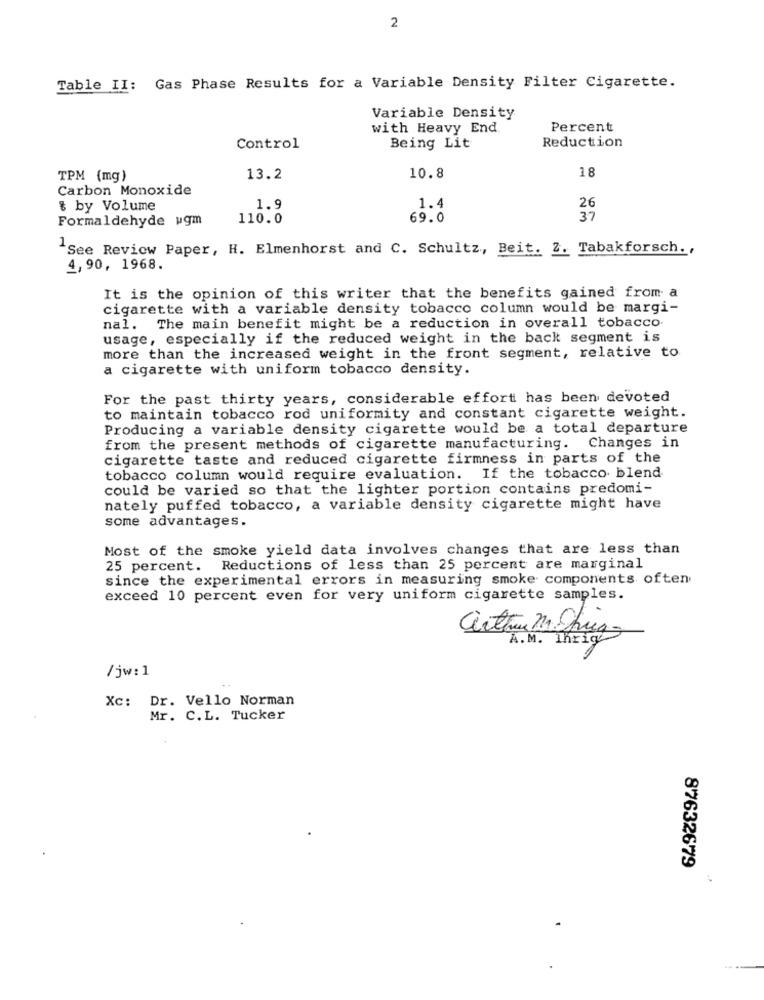
2
Table II: Gas Phase Results for a Variable Density Filter Cigarette.
Variable Density
with Heavy End.
Percent
Reduction
Control
Being Lit
18
TPM (mg)
13.2
10.8
Carbon Monoxide
& by Volume
1.9
1.4
26
Formaldehyde ugm
110.0
69.0
37
"See Review Paper, H. Elmenhorst and C. Schultz, Beit. 2. Tabakforsch .,
4,90, 1968.
It is the opinion of this writer that the benefits gained from a
cigarette with a variable density tobacco column would be margi-
nal. The main benefit might be a reduction in overall tobacco.
usage, especially if the reduced weight in the back segment is
more than the increased weight in the front segment, relative to
a cigarette with uniform tobacco density.
For the past thirty years, considerable effort has been devoted
to maintain tobacco rod uniformity and constant cigarette weight.
Producing a variable density cigarette would be a total departure
from the present methods of cigarette manufacturing. Changes in
cigarette taste and reduced cigarette firmness in parts of the
tobacco column would require evaluation. If the tobacco blend
could be varied so that the lighter portion contains predomi-
nately puffed tobacco, a variable density cigarette might have
some advantages.
Most of the smoke yield data involves changes that are less than
25 percent. Reductions of less than 25 percent are marginal
since the experimental errors in measuring smoke components often
exceed 10 percent even for very uniform cigarette samples.
artin M.Ofri
A.M. Ihrig
/jw:1
Xc: Dr. Vello Norman
Mr. C.L. Tucker
87632679